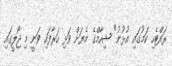
ރައްޓެހި ކަމުގައި އުޅުނު" ޝިހާމްގެ މެޔަށް ވަޅި ހަރާފައި ވަނީ މި ޖޯލީގައި